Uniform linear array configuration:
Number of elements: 8
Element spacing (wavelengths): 0.75
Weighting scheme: exponential
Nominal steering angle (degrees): -15
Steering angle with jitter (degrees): -13.58
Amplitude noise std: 0.05
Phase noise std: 0.05

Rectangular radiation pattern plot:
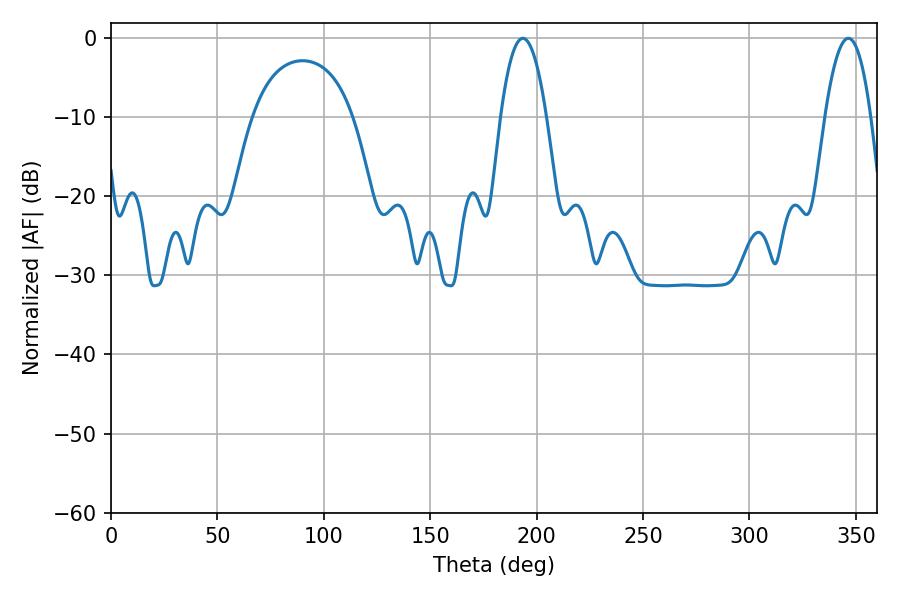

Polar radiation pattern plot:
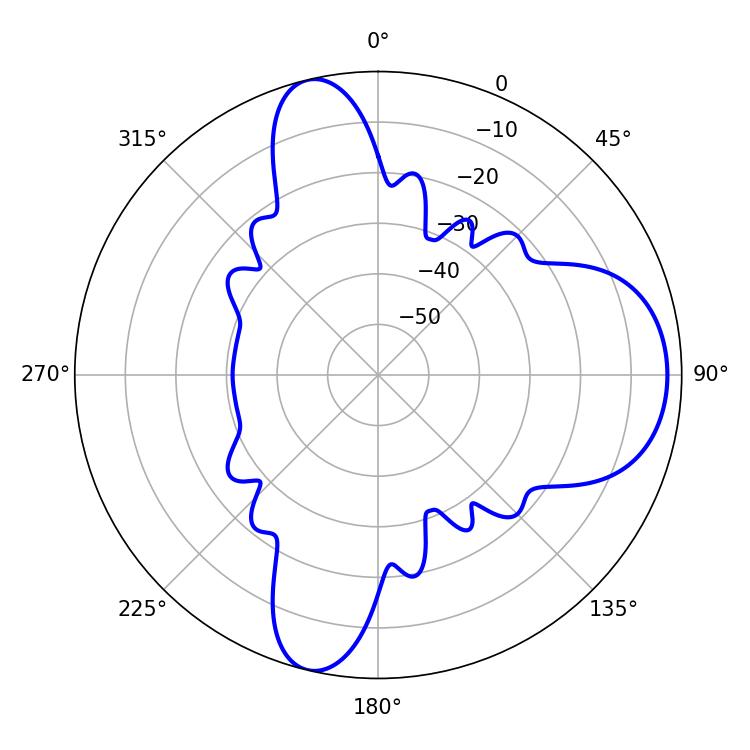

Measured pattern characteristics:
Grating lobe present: TRUE
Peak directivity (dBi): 10.123
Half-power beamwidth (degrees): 11.88
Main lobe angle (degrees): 193.5